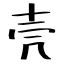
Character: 壳